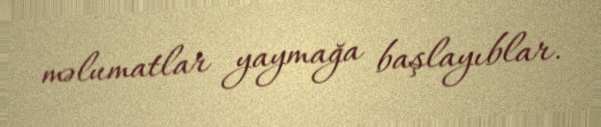
məlumatlar yaymağa başlayıblar.